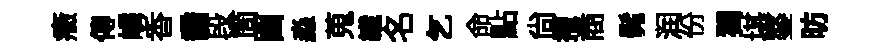
癥傳嶙香喬段箇㽞淼蒐纎名乞命點尙擢商髴润份獨堪鏊昉